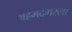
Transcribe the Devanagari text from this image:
अहमदगरला